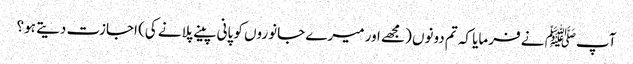
آپﷺ نے فرمایا کہ تم دونوں (مجھے اور میرے جانوروں کو پانی پینے پلانے کی) اجازت دیتے ہو؟